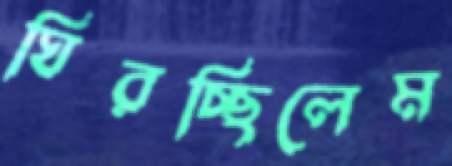
ঘিরচ্ছিলেম